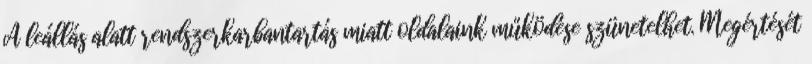
A leállás alatt rendszerkarbantartás miatt oldalaink működése szünetelhet. Megértését